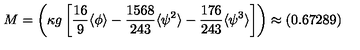
M = \left( \kappa g \left[ \frac { 1 6 } { 9 } \langle \phi \rangle - \frac { 1 5 6 8 } { 2 4 3 } \langle \psi ^ { 2 } \rangle - \frac { 1 7 6 } { 2 4 3 } \langle \psi ^ { 3 } \rangle \right] \right) \approx ( 0 . 6 7 2 8 9 )